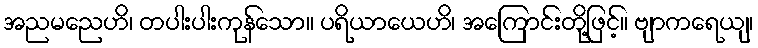
အညမညေဟိ၊ တပါးပါးကုန်သော။ ပရိယာယေဟိ၊ အကြောင်းတို့ဖြင့်။ ဗျာကရေယျ၊